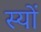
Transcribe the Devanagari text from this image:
स्यों